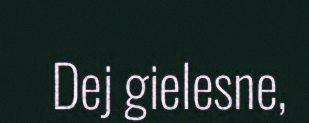
Dej gielesne,